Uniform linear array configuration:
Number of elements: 64
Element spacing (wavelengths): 0.25
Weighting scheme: uniform
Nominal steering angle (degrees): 15
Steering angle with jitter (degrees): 14.734
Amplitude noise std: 0.05
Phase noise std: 0.05

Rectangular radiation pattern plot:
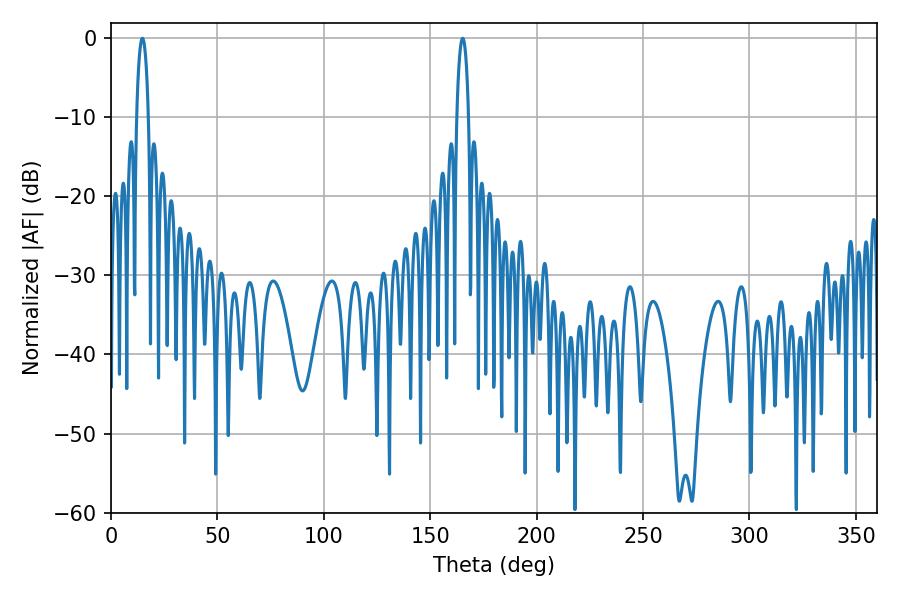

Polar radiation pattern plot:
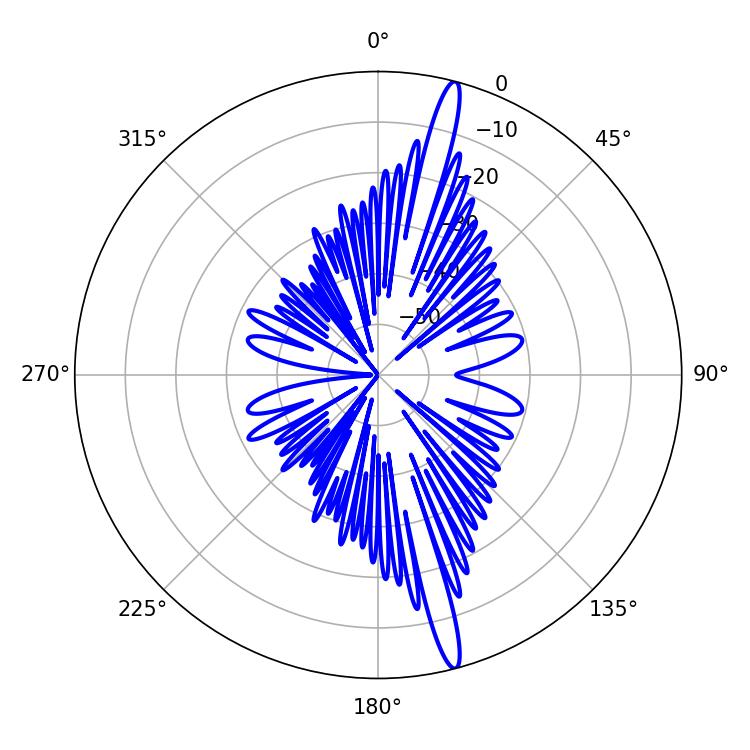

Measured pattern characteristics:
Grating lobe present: FALSE
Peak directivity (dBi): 17.837
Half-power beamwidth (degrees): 3.24
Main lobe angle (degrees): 14.76